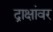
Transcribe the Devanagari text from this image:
द्राक्षांवर